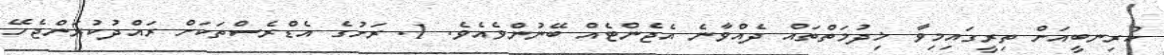
ކުރިނބީއަށް ތިރީގައިމިވާ ޚިދުމަތްތައް ދެއްވާނެ އެޖެންޓެއް ބޭނުންވެއެވެ. 1. ރަށުގެ އެޑްރެސްތަކަށް ރައްދުކުރަންޖެހޭ